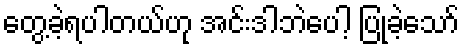
တွေ့ခဲ့ရပါတယ်ဟု အင်းဒါဘဲပေါ့ ပြုခဲ့သော်